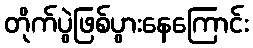
တိုက်ပွဲဖြစ်ပွားနေကြောင်း